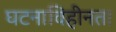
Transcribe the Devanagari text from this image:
घटनाविहीनता